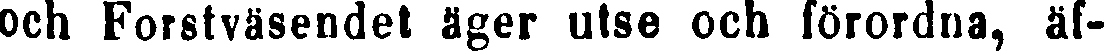
och Forstväsendet äger utse och förordna, äf-